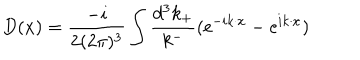
D ( x ) = \frac { - i } { 2 ( 2 { \pi } ) ^ { 3 } } \int \frac { d ^ { 3 } k _ { + } } { k ^ { - } } ( \mathrm { e } ^ { - i k \cdot x } - \mathrm { e } ^ { i k \cdot x } )